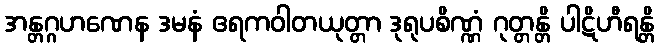
အန္တဂ္ဂဟဏေန ဒမနံ ဧရကဝါတယုတ္တာ ဒုရုပစိဏ္ဏံ ဂုတ္တန္တိ ပါဋိဟီရန္တိ